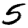
Digit: 5